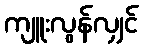
ကျူးလွန်လျှင်